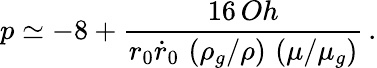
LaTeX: p\simeq-8+\frac{16\, Oh}{r_{0}\dot{r}_{0}\, \left(\rho_{g}/\rho\right)\, \left(\mu/\mu_{g}\right)}\, .